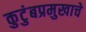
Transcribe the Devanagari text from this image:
कुटुंबप्रमुखाचे